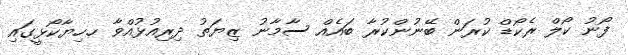
ފޯނު ކޯލް ރެކޯޑް ކުރަން ބޭނުންކުރާ ބައެއް ސާމާނު ޒިޔަތު ދިރިއުޅުއްވާ ހ.ހިޔާކޯޅީގައި